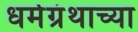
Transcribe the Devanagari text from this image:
धर्मग्रंथाच्या